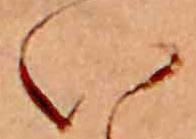
い